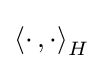
\left\langle \cdot \,,\cdot \right\rangle _{H}